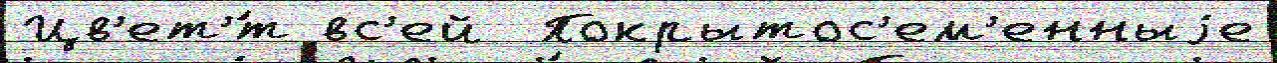
Цв'ет'́т вс'ей  Покрытос'ем'енныjе